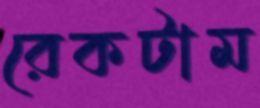
রেকটাম